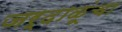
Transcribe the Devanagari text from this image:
जर्दाळूंचा